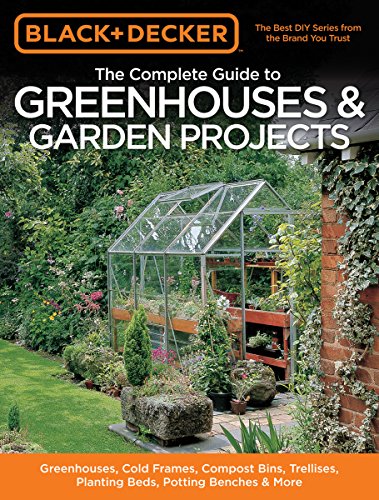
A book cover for Black & Decker The Complete Guide to Greenhouses & Garden Projects: Greenhouses, Cold Frames, Compost Bins, Trellises, Planting Beds, Potting Benches & More (Black & Decker Complete Guide); Philip Schmidt; Crafts, Hobbies & Home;